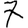
Digit: 7